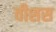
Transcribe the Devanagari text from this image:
वीशस